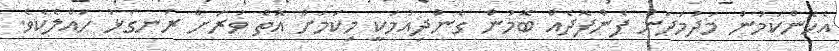
އެހެންކަމުން މަދުމަދުން ފެންފޮދެއް ބޮމުން ގެންދިއުމަކީ މިކަމަށް އޮތް ވަރަށް ރަނގަޅު ހައްލެކެވެ.